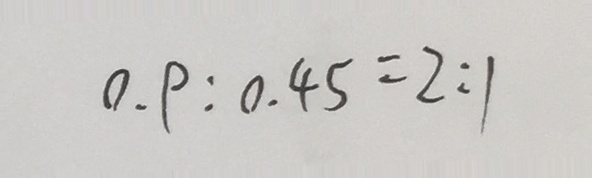
0 . 9 : 0 . 4 5 = 2 : 1